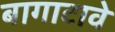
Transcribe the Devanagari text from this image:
बागाटावे